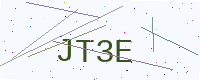
Text: JT3E